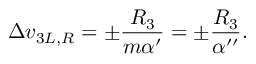
\Delta v _ { 3 L , R } = \pm \frac { R _ { 3 } } { m \alpha ^ { \prime } } = \pm \frac { R _ { 3 } } { \alpha ^ { \prime \prime } } .